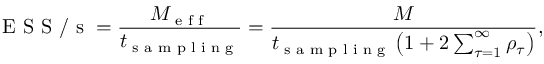
\textrm { E S S / s } = \frac { M _ { \textrm { e f f } } } { t _ { \textrm { s a m p l i n g } } } = \frac { M } { t _ { \textrm { s a m p l i n g } } \left( 1 + 2 \sum _ { \tau = 1 } ^ { \infty } \rho _ { \tau } \right) } ,